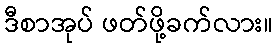
ဒီစာအုပ် ဖတ်ဖို့ခက်လား။